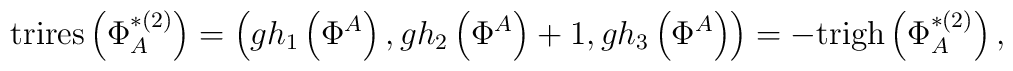
\mathrm{trires}\left( \Phi _{A}^{*(2)}\right) =\left( gh_{1}\left( \Phi^{A}\right) ,gh_{2}\left( \Phi ^{A}\right) +1,gh_{3}\left( \Phi ^{A}\right)\right) =-\mathrm{trigh}\left( \Phi _{A}^{*(2)}\right) ,